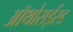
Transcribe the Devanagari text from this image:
ऑथोराईस्ड